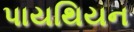
પાયથિયન